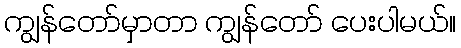
ကျွန်တော်မှာတာ ကျွန်တော် ပေးပါမယ်။